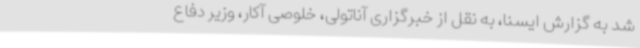
شد به گزارش ایسنا، به نقل از خبرگزاری آناتولی، خلوصی آکار، وزیر دفاع